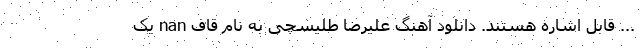
... قابل اشاره هستند. دانلود آهنگ علیرضا طلیسچی به نام قاف nan یک